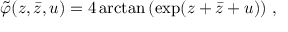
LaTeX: \tilde { \varphi } ( z , \bar { z } , u ) = 4 \arctan \left( \exp ( z + \bar { z } + u ) \right) \, ,